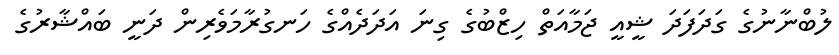
ލުބްނާނުގެ ގަދަފަދަ ޝީއީ ޖަމާއަތް ހިޒްބުގެ ގިނަ އަދަދެއްގެ ހަނގުރާމަވެރިން ދަނީ ބައްޝާރުގެ